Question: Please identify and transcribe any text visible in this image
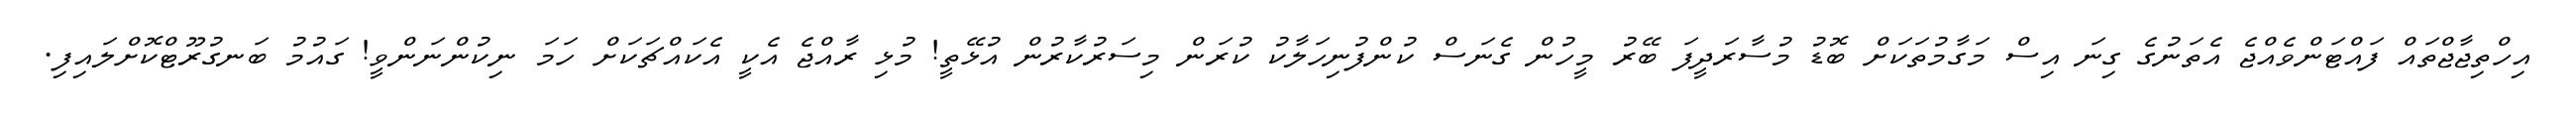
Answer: އިހްތިޖާޖްތައް ފައްޓަންވެއްޖެ އެތަނުގެ ގިނަ އިސް މަގާމުތަކަށް ބޮޑު މުސާރަދީފަ ބޭރު މީހުން ގެނަސް ކުންފުނިހަލާކު ކުރަން މިސަރުކާރުން އުޅޭތީ! މުޅި ރާއްޖެ އެކީ އެކައްޗަކަށް ހަމަ ނިކުންނަންވީ! ގައުމު ބަނގުރޫޓްކޮށްލައިފި.